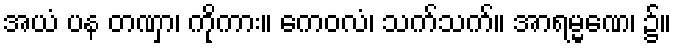
အယံ ပန တဏှာ၊ ကိုကား။ ကေဝလံ၊ သက်သက်။ အာရမ္မဏေ၊ ၌။